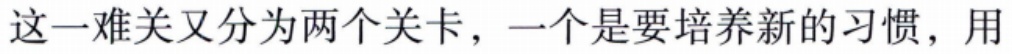
这一难关又分为两个关卡，一个是要培养新的习惯，用